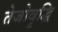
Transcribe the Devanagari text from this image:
तेजोवृद्धि